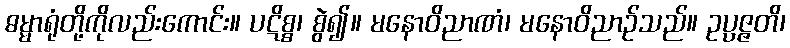
ဓမ္မာရုံတို့ကိုလည်းကောင်း။ ပဋိစ္စ၊ စွဲ၍။ မနောဝိညာဏံ၊ မနောဝိညာဉ်သည်။ ဥပ္ပဇ္ဇတိ၊